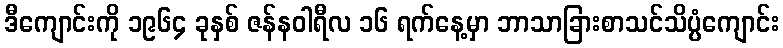
ဒီကျောင်းကို ၁၉၆၄ ခုနှစ် ဇန်နဝါရီလ ၁၆ ရက်နေ့မှာ ဘာသာခြားစာသင်သိပ္ပံကျောင်း